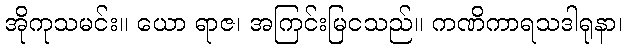
အိုကုသမင်း။ ယော ရာဇ၊ အကြင်းမြငသည်။ ကဏိကာရသဒါရုနာ၊